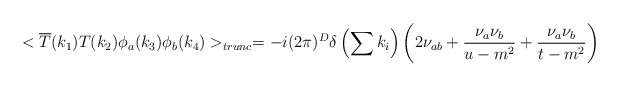
\begin{align*}<\overline{T}(k_{1})T(k_{2})\phi _{a}(k_{3})\phi _{b}(k_{4})>_{trunc}=-i(2\pi )^{D}\delta \left( \sum k_{i}\right) \left( 2\nu _{ab}+\frac{\nu _{a}\nu _{b}}{u-m^{2}}+\frac{\nu _{a}\nu _{b}}{t-m^{2}}\right)\end{align*}